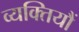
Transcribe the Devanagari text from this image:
व्यक्तियौं